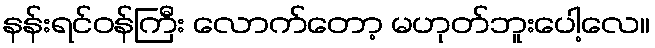
နန်းရင်ဝန်ကြီး လောက်တော့ မဟုတ်ဘူးပေါ့လေ။